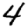
Digit: 4